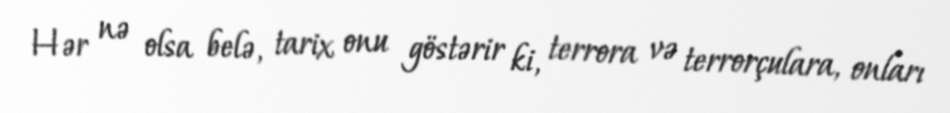
Hər nə olsa belə, tarix onu göstərir ki, terrora və terrorçulara, onları